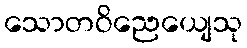
သောတဝိညေယျေသု